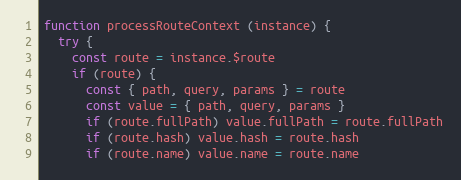
Language: JavaScript
function processRouteContext (instance) {
  try {
    const route = instance.$route
    if (route) {
      const { path, query, params } = route
      const value = { path, query, params }
      if (route.fullPath) value.fullPath = route.fullPath
      if (route.hash) value.hash = route.hash
      if (route.name) value.name = route.name